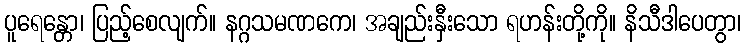
ပူရေန္တော၊ ပြည့်စေလျက်။ နဂ္ဂသမဏကေ၊ အချည်းနှီးသော ရဟန်းတို့ကို။ နိသီဒါပေတွာ၊